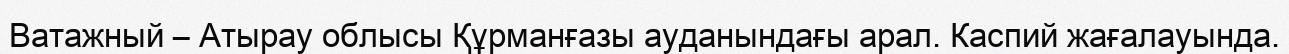
Ватажный – Атырау облысы Құрманғазы ауданындағы арал. Каспий жағалауында.